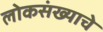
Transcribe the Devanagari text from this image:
लोकसंख्याचे